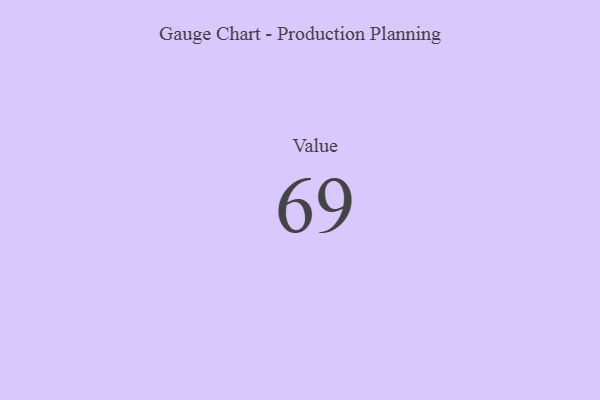
{"axis": {"x": "Metric", "y": "Value"}, "legend": [""], "data": [{"x": "Value", "y": 69, "type": ""}]}